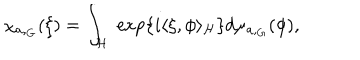
\chi _ { a , _ { G } } ( \xi ) = \int _ { \cal H } \; \exp \left\{ i \langle \xi , \phi \rangle _ { \cal H } \right\} d \mu _ { a , _ { G } } ( \phi ) ,